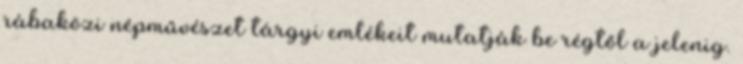
rábaközi népművészet tárgyi emlékeit mutatják be régtől a jelenig.